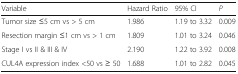
<table><thead><tr><td><b>Variable</b></td><td><b>Hazard Ratio</b></td><td><b>95% CI</b></td><td><b><i>P</i></b></td></tr></thead><tbody><tr><td>Tumor size ≤5 cm vs &gt; 5 cm</td><td>1.986</td><td>1.19 to 3.32</td><td>0.009</td></tr><tr><td>Resection margin ≤1 cm vs &gt; 1 cm</td><td>1.809</td><td>1.01 to 3.24</td><td>0.046</td></tr><tr><td>Stage I vs II &amp; III &amp; IV</td><td>2.190</td><td>1.22 to 3.92</td><td>0.008</td></tr><tr><td>CUL4A expression index &lt;50 vs ≥ 50</td><td>1.688</td><td>1.01 to 2.82</td><td>0.045</td></tr></tbody></table>